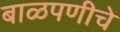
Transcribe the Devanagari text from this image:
बाळपणीचे